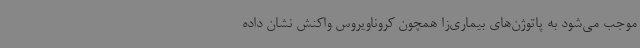
موجب می‌شود به پاتوژن‌های بیماری‌زا همچون کروناویروس واکنش نشان داده